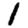
Digit: 1